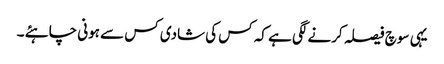
یہی سوچ فیصلہ کرنے لگی ہے کہ کس کی شادی کس سے ہونی چاہئے ۔